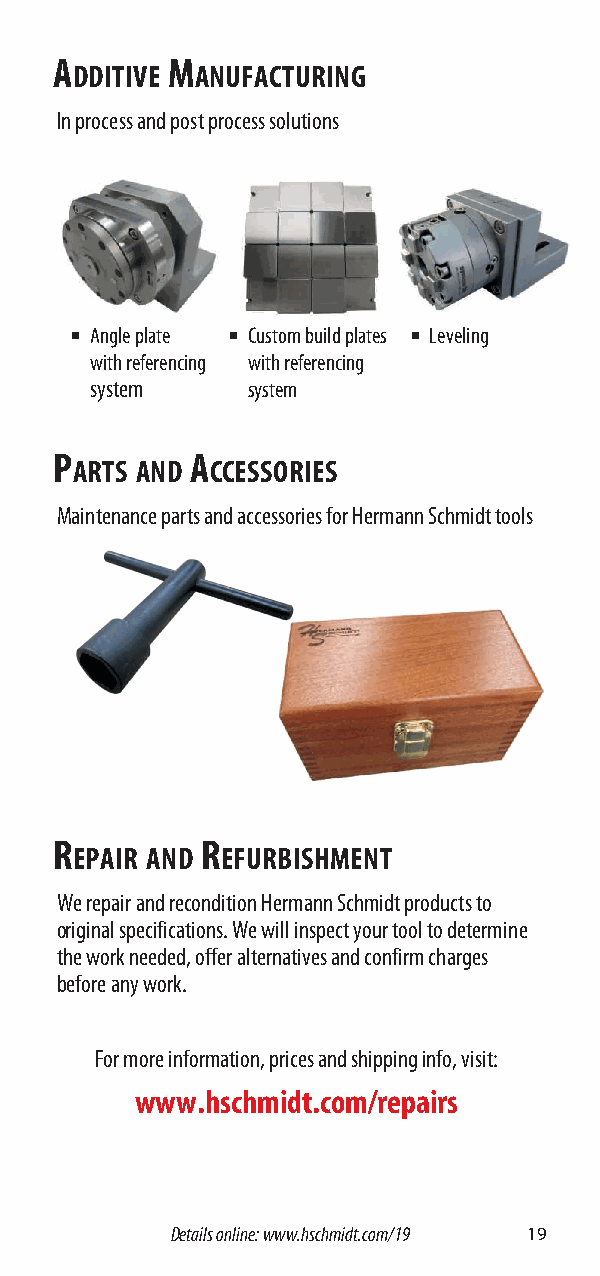
A      M
 DDITIVE ANUFACTURING
 In process and post process solutions
 ■ Angle plate ■ Custom build plates ■ Leveling
 with referencing with referencing
 system    system
 P        A
 ARTS AND CCESSORIES
 Maintenance parts and accessories for Hermann Schmidt tools
 R        R
 EPAIR AND EFURBISHMENT
 We repair and recondition Hermann Schmidt products to
 original specifications . We will inspect your tool to determine
 the work needed, offer alternatives and confirm charges
 before any work .
 For more information, prices and shipping info, visit:
 www.hschmidt.com/repairs
 Details online: www.hschmidt.com/19 19